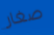
صغار